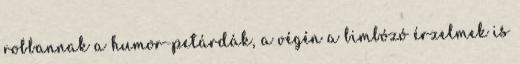
robbannak a humor-petárdák, a végén a bimbózó érzelmek is